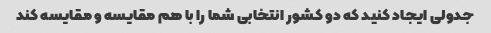
جدولی ایجاد کنید که دو کشور انتخابی شما را با هم مقایسه و مقایسه کند